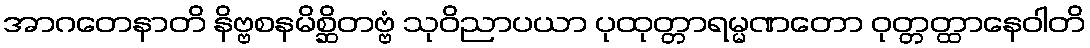
အာဂတေနာတိ နိဗ္ဗစနမိစ္ဆိတဗ္ဗံ သုဝိညာပယာ ပုထုတ္တာရမ္မဏတော ဝုတ္တတ္ထာနေဝါတိ